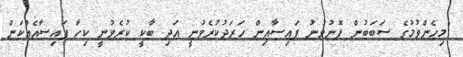
"މިހެންވުމުގެ ސަބަބުން ފޮނުވުނު ފައިސާއިން ހަރަދުކުރެވުނީ އަދި ބާކީ ކުރެވުނީ ކިހާ ފައިސާއެއްކަން